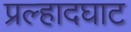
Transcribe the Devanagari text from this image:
प्रल्हादघाट